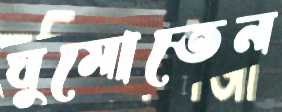
ঘুমোতেন